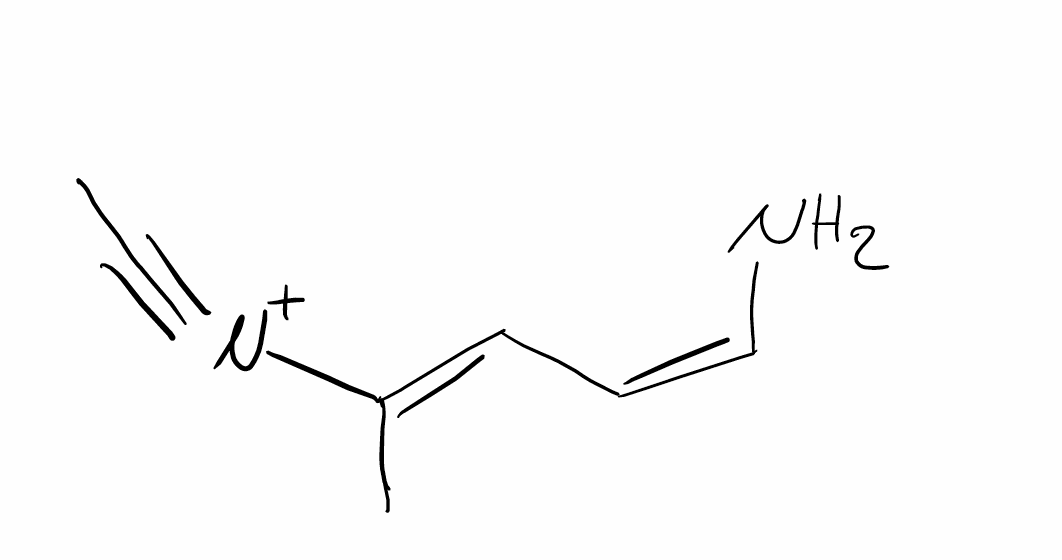
Simplified molecular-input line-entry system (SMILES) notation of the given molecule:
CC#[N+]/C(=C/C=C\N)/C